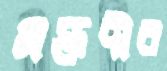
মক্তদীর